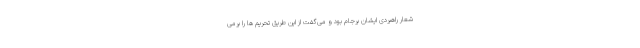
شعار راهبردی ایشان برجام بود و می‌گفت از این طریق تحریم ها را برمی